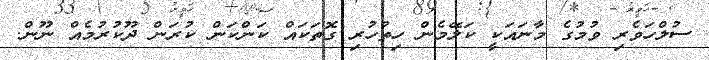
ސުލްހަވެރި ވުމުގެ މާނައަކީ ކަލޭމެން ހިތުހުރި ގޮތަކައް ކަންކަން ކުރަން ދޫކުރުމެއް ނޫން.